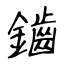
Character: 鑡